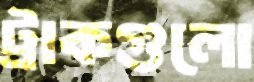
ট্রাকগুলো